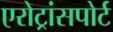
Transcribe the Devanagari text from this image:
एरोट्रांसपोर्ट